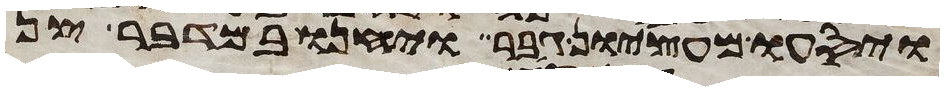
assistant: ויסעו מעציון גבר ויחנו במדבר צן